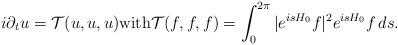
LaTeX: \begin{align*} i\partial_t u = \mathcal{T}(u,u,u) \mbox{with} \mathcal{T}(f,f,f) = \int_0^{2\pi} |e^{isH_0} f|^2 e^{isH_0} f\,ds.\end{align*}